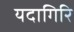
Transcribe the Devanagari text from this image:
यदागिरि